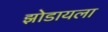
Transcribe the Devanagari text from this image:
झोडायला